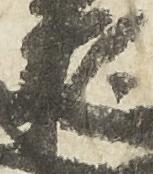
頼